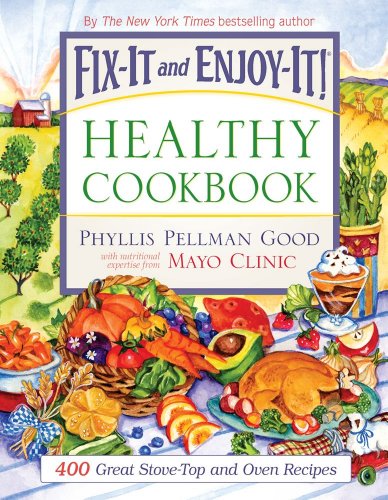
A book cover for Fix-It and Enjoy-It Healthy Cookbook: 400 Great Stove-Top And Oven Recipes; Phyllis Good; Cookbooks, Food & Wine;